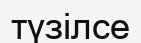
түзілсе